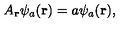
{ A } _ { \bf r } \psi _ { a } ( { \bf r } ) = a \psi _ { a } ( { \bf r } ) ,